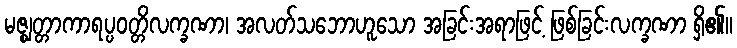
မဇ္ဈတ္တာကာရပ္ပဝတ္တိလက္ခဏာ၊ အလတ်သဘောဟူသော အခြင်းအရာဖြင့် ဖြစ်ခြင်းလက္ခဏာ ရှိ၏။